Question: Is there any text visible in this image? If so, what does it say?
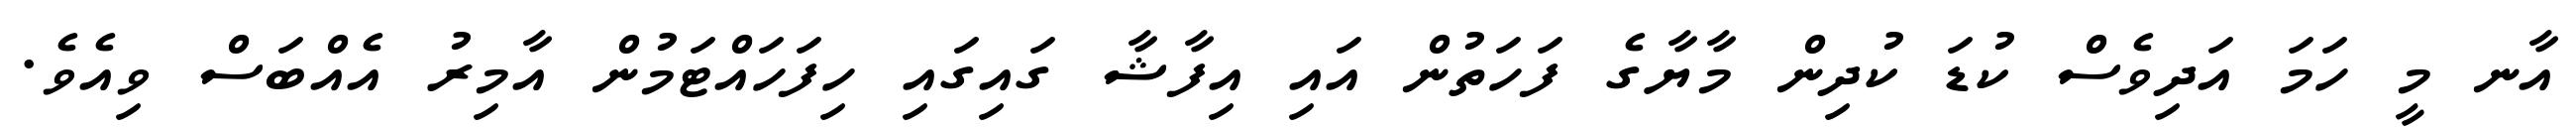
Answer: އާނ މީ ހަމަ އަދިވެސް ކުޑަ ކުދިން މާޔާގެ ފަހަތުން އައި އިފާޝާ ގައިގައި ހިފަހައްޓަމުން އާމިރު އެއްބަސް ވިއެވެ.